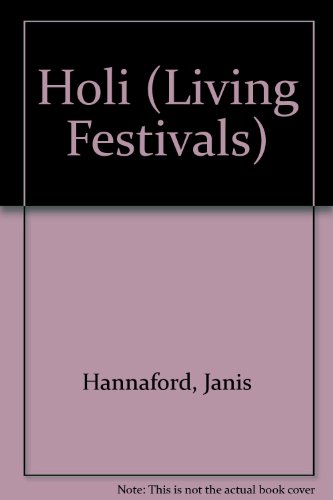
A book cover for Holi (Living Festivals); Janis Hannaford; Children's Books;